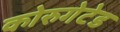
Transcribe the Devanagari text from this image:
कोरुगेटेड